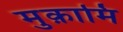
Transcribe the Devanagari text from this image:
मुक़ामि